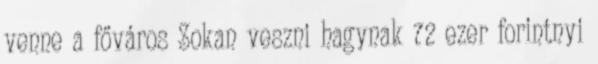
venne a főváros Sokan veszni hagynak 72 ezer forintnyi